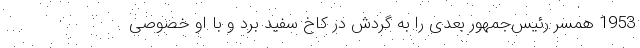
1953 همسر رئیس‌جمهور بعدی را به گردش در کاخ سفید برد و با او خصوصی